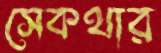
সেকথার